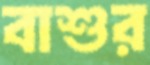
বাশুর